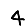
Digit: 4